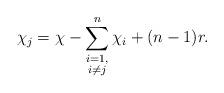
LaTeX: \begin{align*}\chi_j = \chi - \sum_{\substack{i = 1,\\ i \neq j}}^{n} \chi_i + (n-1)r. \end{align*}